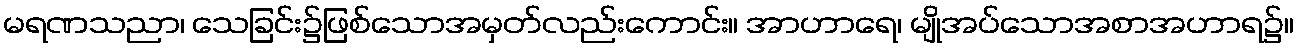
မရဏသညာ၊ သေခြင်း၌ဖြစ်သောအမှတ်လည်းကောင်း။ အာဟာရေ၊ မျိုအပ်သောအစာအဟာရ၌။